Lunatic asylums Central Provinces reports 1910-1926 - 1910-1926
Year: 1910
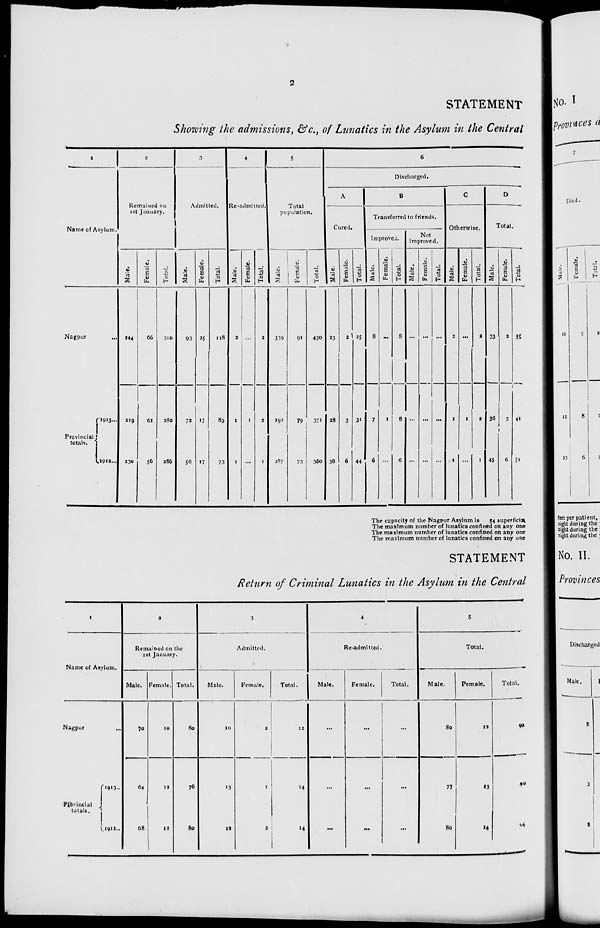
2
STATEMENT
Showing the admissions, &c., of Lunatics in the Asylum in the Central
1
Name of Asylum.
Nagpur ...
Provincial
totals.
1913 ...
1912 ...
2
Remained on
1st January.
Male.
244
219
230
Female.
66
61
56
Total.
310
280
286
3
Admitted.
Male.
93
72
56
Female.
25
17
17
Total.
118
89
73
4
Re-admitted.
Male.
2
1
1
Female.
...
1
...
Total.
2
2
1
5
Total
population.
Male.
339
292
287
Female.
91
79
73
Total.
430
371
360
6
Discharged.
A
Cured.
Male.
23
28
38
Female.
2
3
6
Total.
25
31
44
B
Transferred to friends.
Improved.
Male.
8
7
6
Female.
...
1
...
Total.
8
8
6
Not
improved.
Male.
...
...
...
Female.
...
...
...
Total.
...
...
...
C
Otherwise.
Male.
2
1
1
Female.
...
1
...
Total.
2
2
1
D
Total.
Male.
33
36
45
Female.
2
5
6
Total.
35
41
51
The capacity of the Nagpur Asylum is
54 superficial
The maximum number of lunatics confined on any one
The maximum number of lunatics confined on any one
The maximum number of lunatics confined on any one
STATEMENT
Return of Criminal Lunatics in the Asylum in the Central
1
Name of Asylum.
Nagpur ...
Provincial
totals.
1913 ...
1912 ...
2
Remained on the
1st January.
Male.
70
64
68
Female.
10
12
12
Total.
80
76
80
3
Admitted.
Male.
10
13
12
Female.
2
1
2
Total.
12
14
14
4
Re-admitted.
Male.
...
...
...
Female.
...
...
...
Total.
...
...
...
5
Total.
Male.
80
77
80
Female.
12
13
14
Total.
92
90
94